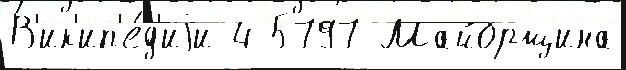
В'ик'ип'е́д'иjи 4 5797 Майорщина